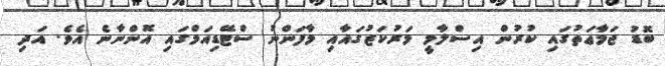
ބޮޑު ޖަމާޢަތުގައި ކުރުން އިސްލާމީ މަރުކަޒުގައާއި މާފަންނު ސްޓޭޑިއަމްގައި އޮންނާނެ އެވެ. އަދި